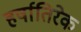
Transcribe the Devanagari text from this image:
हर्षातिरेक